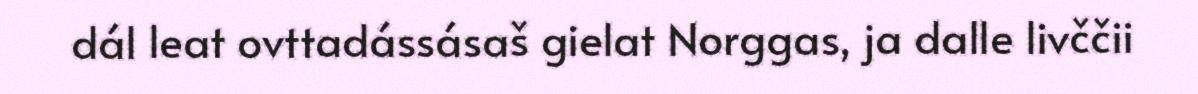
dál leat ovttadássásaš gielat Norggas, ja dalle livččii